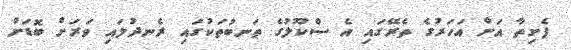
ފެށިތާ އަށް އަހަރުގެ ތެރޭގައި އެ ސްކޫލުގެ ތަނބުތަކުގައި ރެނދުލައި ވަރަށް ބޮޑަށް